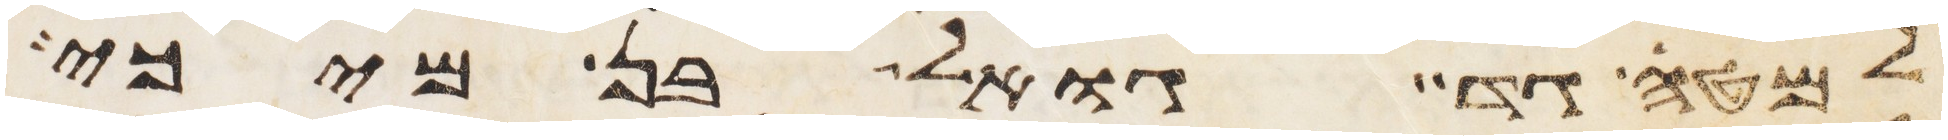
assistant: למטה גד גואל בן מיכי